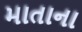
માતાના